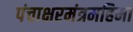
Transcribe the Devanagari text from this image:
पंचाक्षरमंत्रमहिमा